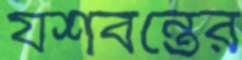
যশবন্তের